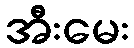
အီးမေး